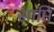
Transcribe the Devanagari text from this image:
साप्ति